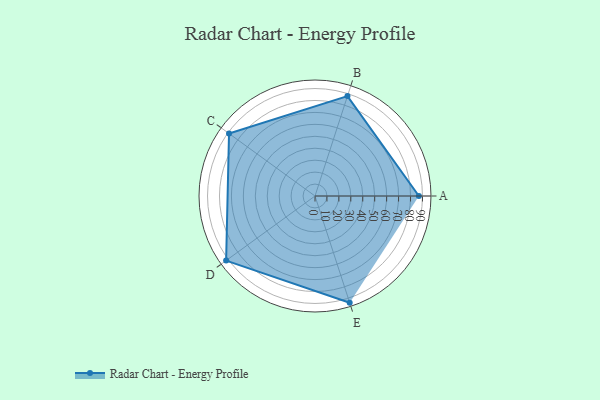
{"axis": {"x": "Skill", "y": "Score"}, "legend": ["Profile"], "data": [{"x": "A", "y": 87.0, "type": "Profile"}, {"x": "B", "y": 88.0, "type": "Profile"}, {"x": "C", "y": 89.0, "type": "Profile"}, {"x": "D", "y": 92.0, "type": "Profile"}, {"x": "E", "y": 94.0, "type": "Profile"}]}